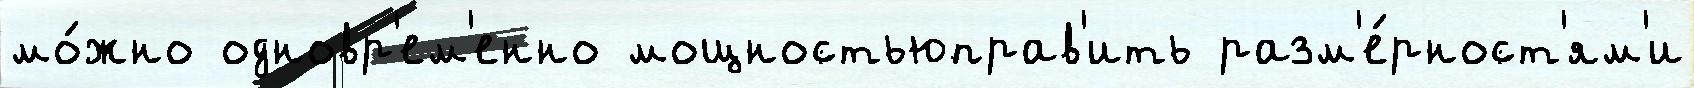
мо́жно одновр'ем'енно мощностьюправ'ить разм'е́рност'ям'и